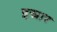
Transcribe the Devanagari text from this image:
इस्रार